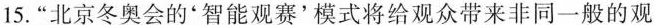
15.“北京冬奥会的“智能观赛’模式将给观众带来非同一般的观